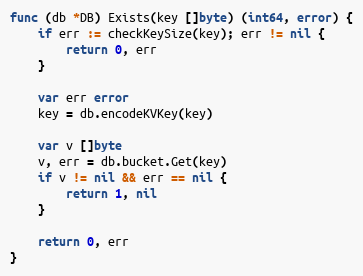
Language: Go
func (db *DB) Exists(key []byte) (int64, error) {
	if err := checkKeySize(key); err != nil {
		return 0, err
	}

	var err error
	key = db.encodeKVKey(key)

	var v []byte
	v, err = db.bucket.Get(key)
	if v != nil && err == nil {
		return 1, nil
	}

	return 0, err
}